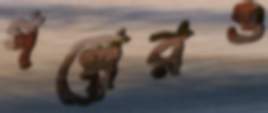
গল্পেরও